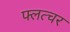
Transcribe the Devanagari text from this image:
फ्लत्चर